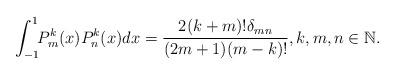
LaTeX: \begin{align*} \int_{-1}^{1}\!\! P^k_m(x) P^k_n(x) dx = \frac{2(k+m)! \delta_{mn}}{(2m+1)(m-k)!}, k,m,n \in \mathbb{N}.\end{align*}